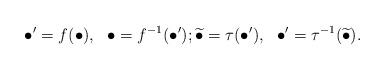
LaTeX: \begin{align*}\bullet' = f(\bullet), \ \ \bullet = f^{-1}(\bullet'); \widetilde{\bullet} = \tau(\bullet'), \ \ \bullet' = \tau^{-1}(\widetilde{\bullet}). \end{align*}